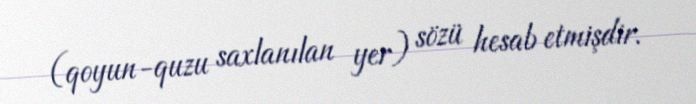
(qoyun-quzu saxlanılan yer) sözü hesab etmişdir.